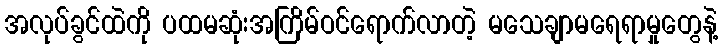
အလုပ်ခွင်ထဲကို ပထမဆုံးအကြိမ်ဝင်ရောက်လာတဲ့ မသေချာမရေရာမှုတွေနဲ့